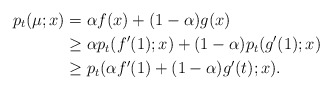
\begin{align*}p_{t}(\mu; x) & =\alpha f(x)+(1-\alpha) g(x) \\& \geq \alpha p_{t}(f'(1); x)+(1-\alpha) p_{t}(g'(1); x)\\& \geq p_{t}(\alpha f'(1)+(1-\alpha)g'(t); x).\end{align*}